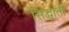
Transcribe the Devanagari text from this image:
सिद्धांतॉ